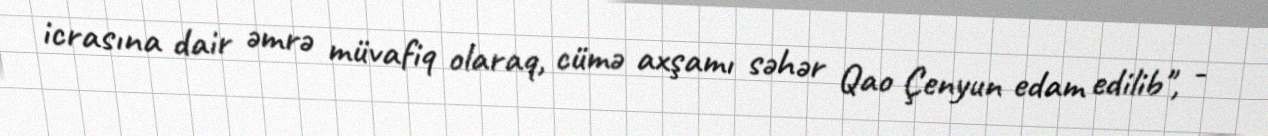
icrasına dair əmrə müvafiq olaraq, cümə axşamı səhər Qao Çenyun edam edilib", -